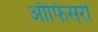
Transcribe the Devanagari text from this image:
ऑफिसरों